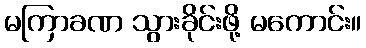
မကြာခဏ သွားခိုင်းဖို့ မကောင်း။